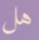
هل